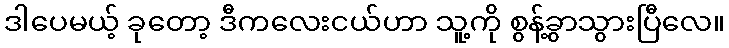
ဒါပေမယ့် ခုတော့ ဒီကလေးငယ်ဟာ သူ့ကို စွန့်ခွာသွားပြီလေ။